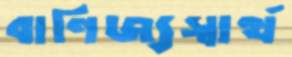
বাণিজ্যস্বার্থ